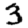
Digit: 3